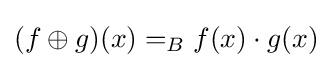
{\textstyle (f\oplus g)(x)=_{B}f(x)\cdot g(x)}